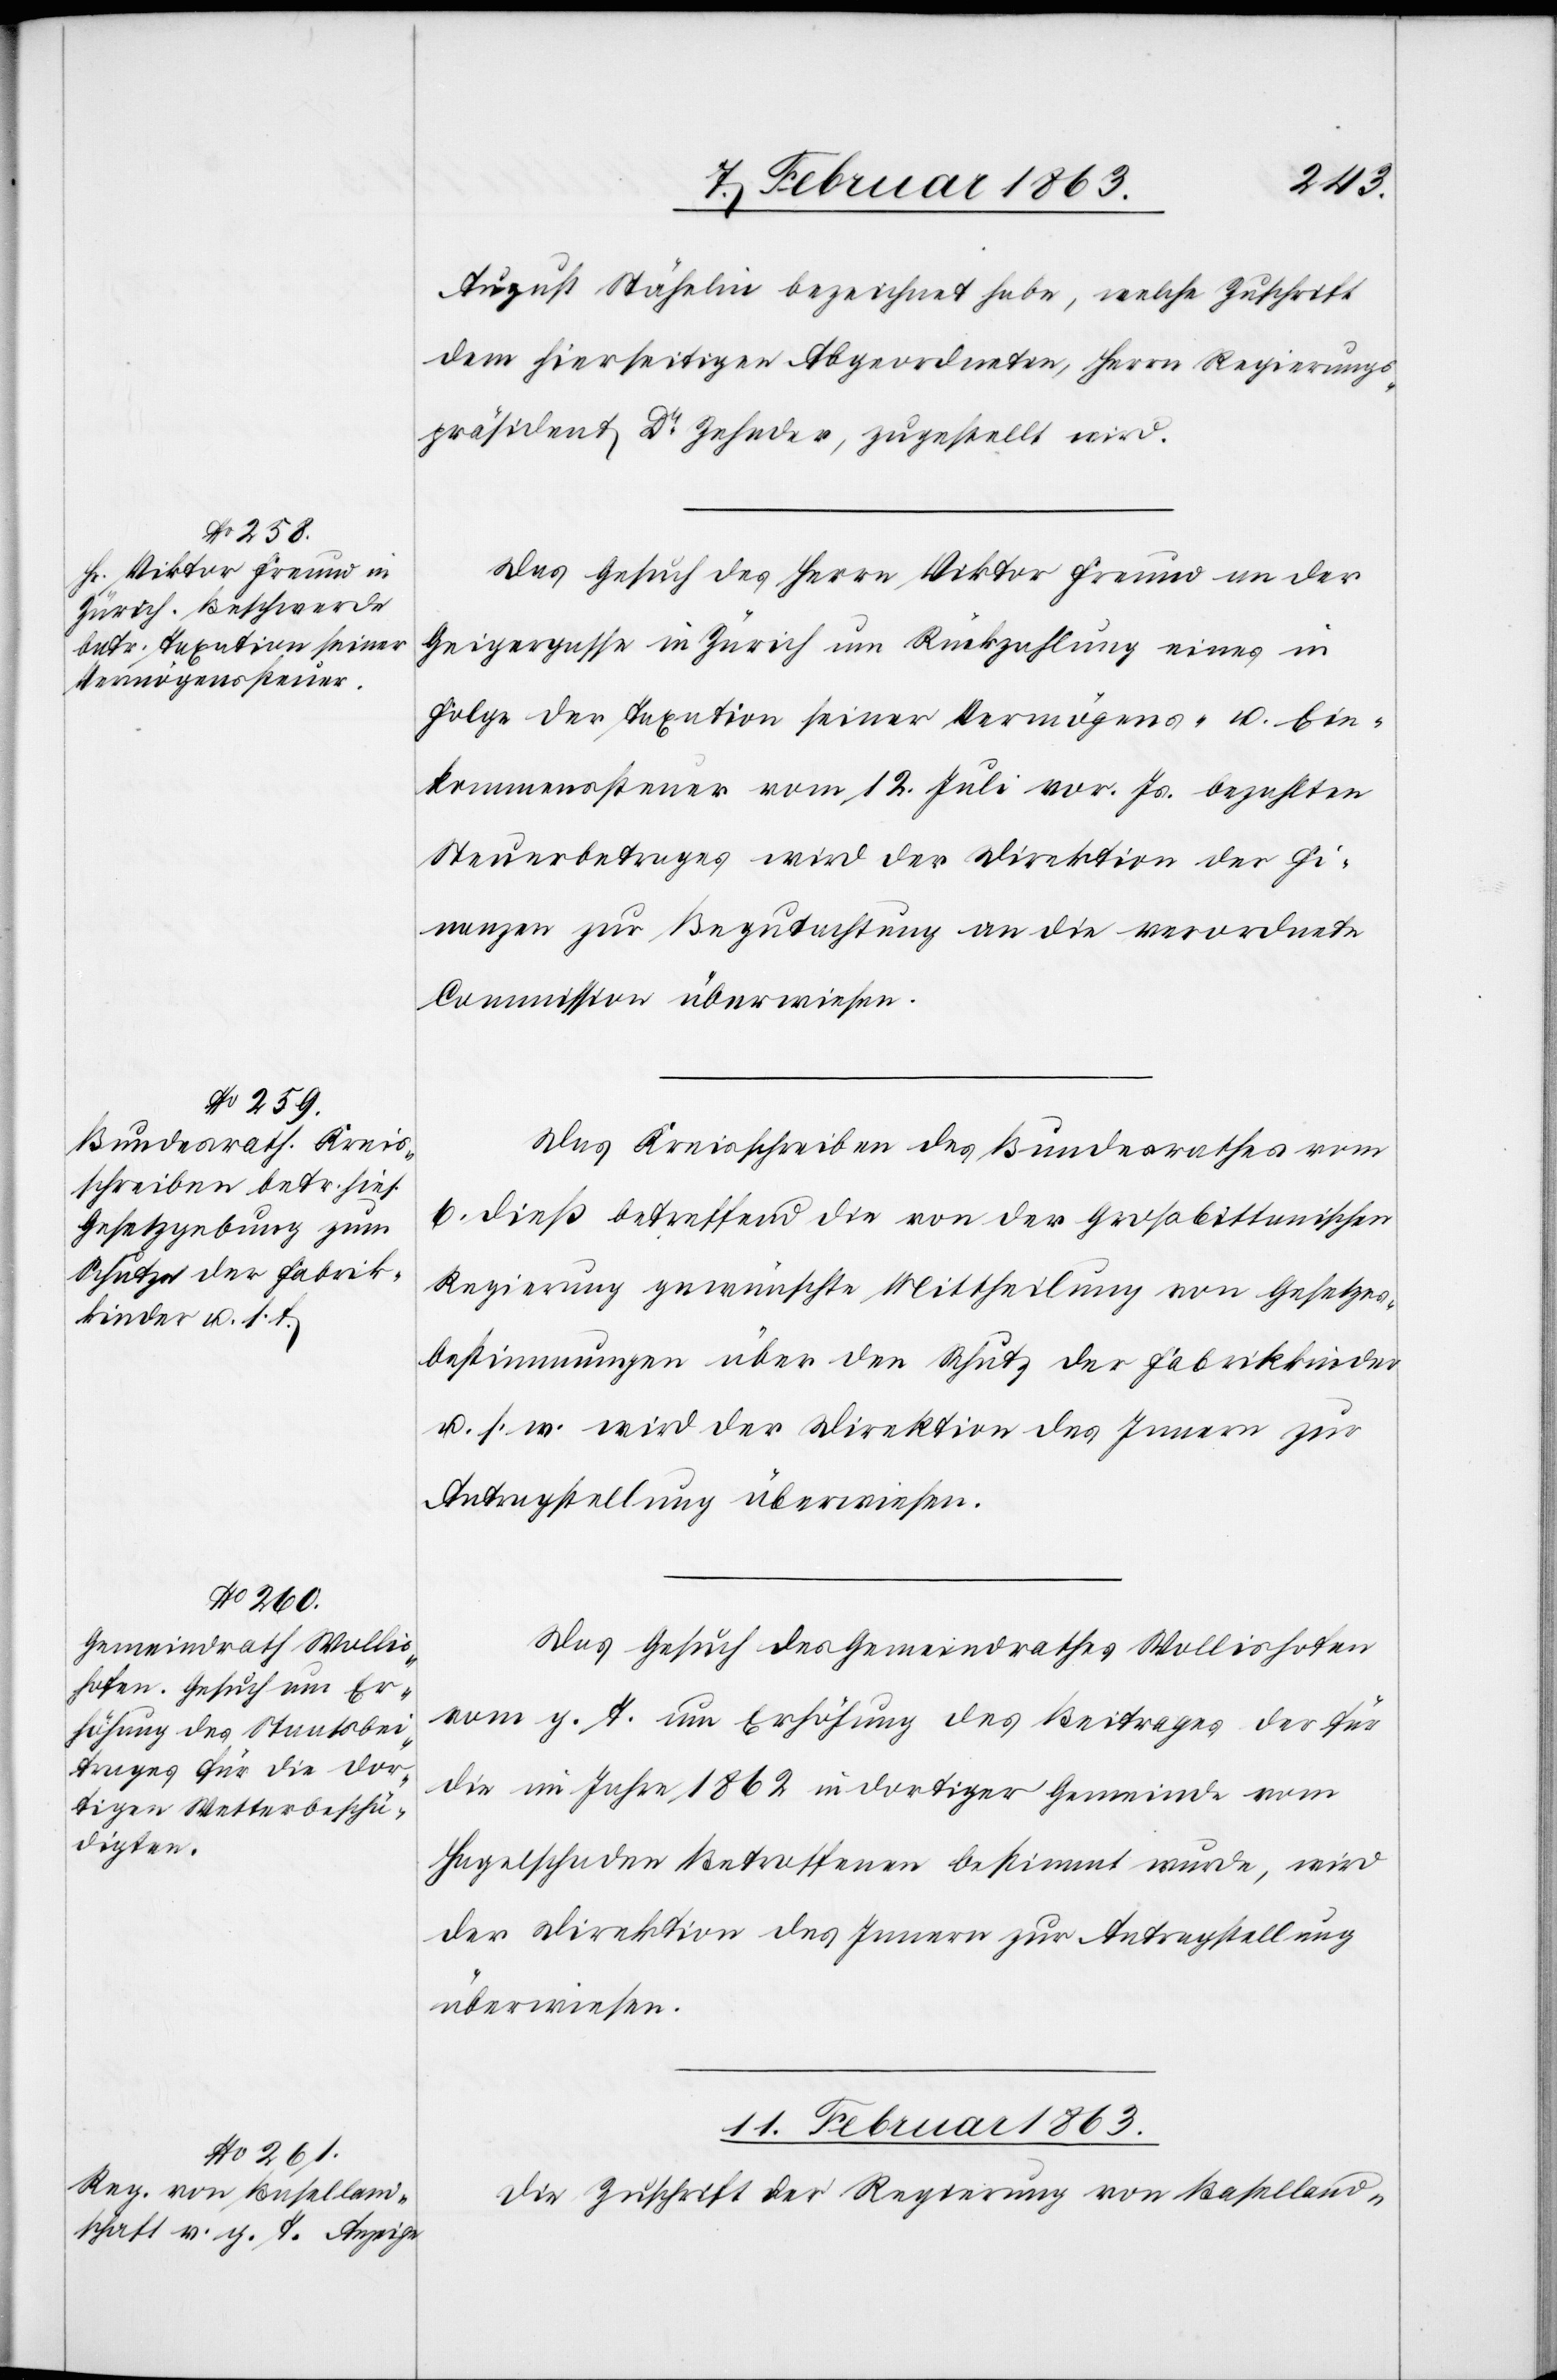
10. Februar 1863.]
August Stähelin bezeichnet habe, welche Zuschrift
dem hierseitigen Abgeordneten, Herrn Regierungs¬
präsident Dr Zehnder, zugestellt wird.
Das Gesuch des Herrn Viktor Freund an der
Geigergasse in Zürich um Rückzahlung eines in
Folge der Taxation seiner Vermögens- u. Ein¬
kommenssteuer vom 12. Juli vor. Js. bezahlten
Steuerbetrages wird der Direktion der Fi¬
nanzen zur Begutachtung an die verordnete
Commission überwiesen.
Das Kreisschreiben des Bundesrathes vom
6. dieß betreffend die von der Großb[r]ittanischen
Regierung gewünschte Mittheilung von Gesetzes¬
bestimmungen über den Schutz der Fabrikkinder
u. s. w. wird der Direktion des Innern zur
Antragstellung überwiesen.
Das Gesuch des Gemeindrathes Wollishofen
vom g. T. um Erhöhung des Beitrages der für
die im Jahre 1862 in dortiger Gemeinde vom
Hagelschaden Betroffenen bestimmt wurde, wird
der Direktion des Innern zur Antragstellung
überwiesen.
11. Februar 1863.
Die Zuschrift der Regierung von Baselland-